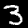
Label: 3